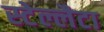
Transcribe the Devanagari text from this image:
स्टेल्लैटा